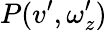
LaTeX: P(v^{\prime},\omega_{z}^{\prime})